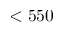
< 5 5 0